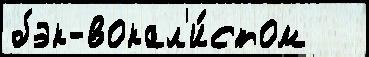
бэк-вокал'и́стом